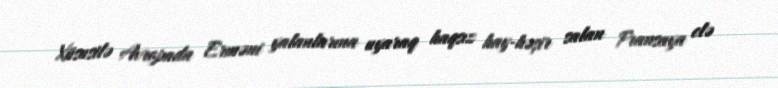
Xüsusilə Avropada Erməni yalanlarına uyaraq haqsız hay-həşir salan Fransaya elə